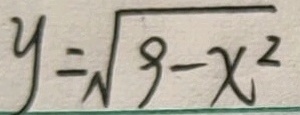
y = \sqrt { 9 - x ^ { 2 } }